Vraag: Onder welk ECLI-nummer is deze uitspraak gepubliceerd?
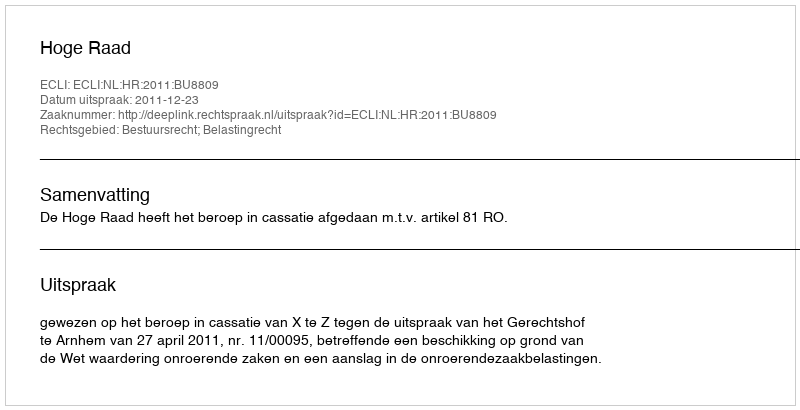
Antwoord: ECLI:NL:HR:2011:BU8809